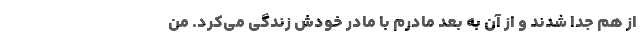
از هم جدا شدند و از آن به بعد مادرم با مادر خودش زندگی می‌کرد. من